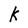
Character: K